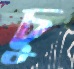
চু